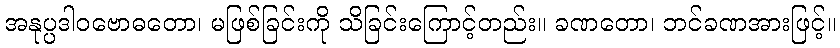
အနုပ္ပဒါဝဗောဓတော၊ မဖြစ်ခြင်းကို သိခြင်းကြောင့်တည်း။ ခဏတော၊ ဘင်ခဏအားဖြင့်။